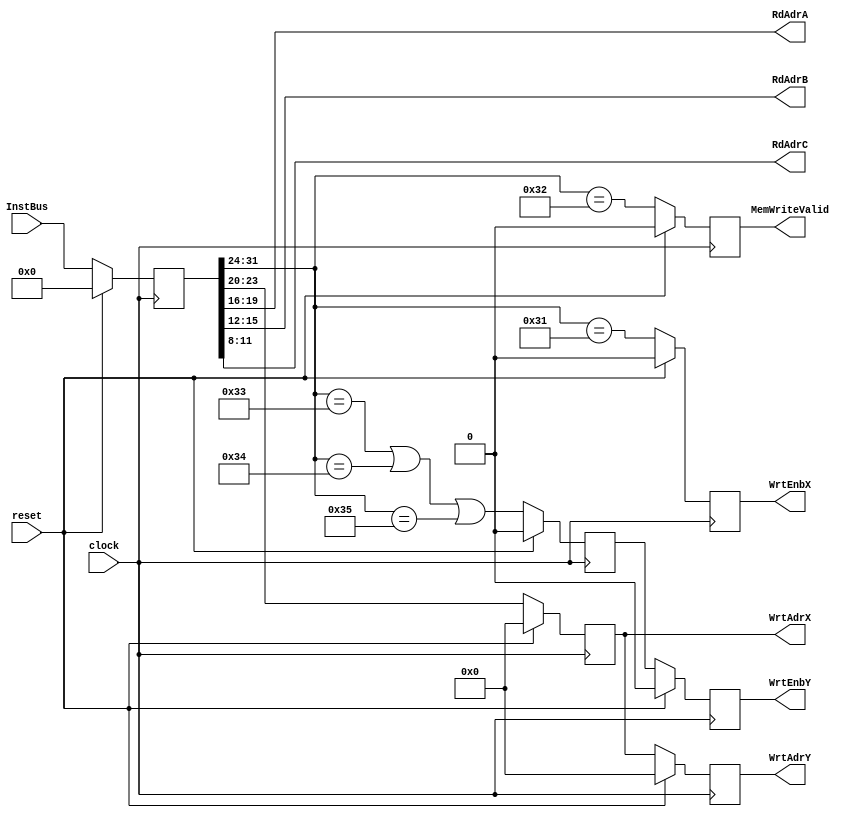
// Description: Test Part Top
// Details:
//
//    Instructions:
//
//           31:24   23:20 19:16 15:12 11:8     7:0            Description
//         --------- ----- ----- ----- ----- ----------    --------------------
//  NOOP  |   30    | RT  |     |     |     |          |    Do Nothing
//  LOAD  |   31    | RT  |     |     |     |          |    Load GPR RT with
//                                                          next word
//  STORE |   32    | RT  |     |     |     |          |    Store GPR RT onto
//                                                          write bus
//  MULT  |   33    | RT  | RA  | RB  |  0  |          |    Load GPR RT with
//                                                          GPR RA * RB
//  ADD   |   34    | RT  | RA  |  0  | RC  |          |    Load GPR RT with
//                                                          GPR RA + RC
//  MULTX |   35    | RT  | RA  | RB  | RC  |          |    Load GPR RT with
//                                                          GPR RA * RB + RC
//  
module InstructionDecoder(InstBus,RdAdrA,RdAdrB,RdAdrC,
                          WrtAdrX,WrtEnbX,WrtAdrY,WrtEnbY,
                          MemWriteValid,clock,reset);
   
   input  [31:0]     InstBus;                // Memory Read Bus
   input             clock;                  // System Clock
   input             reset; 
   
   output   [3:0]    RdAdrA, RdAdrB, RdAdrC; // Read Addresses
   output   [3:0]    WrtAdrX, WrtAdrY;       // Write Address
   output            WrtEnbX, WrtEnbY;       // Write Enables
   output 	     MemWriteValid;          // Memory Write Bus contains Data 

   reg      [31:0]   InstReg;                // Instruction Register    
   reg      [3:0]    DestReg_Dly1;           // Destination Reg Delayed 1
   reg      [3:0]    DestReg_Dly2;           // Destination Reg Delayed 2
   reg               WE_Y_Dly1;              // Write Enable Y Delayed 1
   reg               WE_Y_Dly2;              // Write Enable Y Delayed 2
   reg               WE_X_Dly1;              // Write Enable X Delayed 1
   reg               MemWriteValid;          // Memory Write Bus Contains Data


   // Decode Instruction
   //
   parameter 	     NOOP=8'h30, LOAD=8'h31, STORE=8'h32, MULT=8'h33,
                     ADD=8'h34, MULTX=8'h35;

     wire 	     writeX =   (InstReg[31:24] == LOAD);
     wire 	     writeMem = (InstReg[31:24] == STORE);
     wire 	     writeY =   (InstReg[31:24] == MULT) ||
                                (InstReg[31:24] == ADD)  ||
                                (InstReg[31:24] == MULTX);
   
   
   // Drive registers to the module outputs
   //
   assign WrtAdrY = DestReg_Dly2;
   assign WrtEnbY = WE_Y_Dly2;
   
   assign WrtAdrX = DestReg_Dly1;
   assign WrtEnbX = WE_X_Dly1;
   
   assign RdAdrA = InstReg[19:16];
   assign RdAdrB = InstReg[15:12];
   assign RdAdrC = InstReg[11:8];
 /* testing only  
  always #10 $display ($time,,, "  INSTR : Instruction=%h, RdAdrA=%h, RdAdrB=%h,RdAdrC=%h",InstReg[31:24],RdAdrA,RdAdrB,RdAdrC);
  always #10 $display ($time,,, "  INSTR : Instruction=%h, WrtAdrX=%h, WrtAdrY=%h,WrtEnbX=%b,WrtEnbY=%b",InstReg[31:24],WrtAdrX,WrtAdrY,WrtEnbX,WrtEnbY);
*/

   // CLOCKED:  Load Registers
   //
 
   // synopsys sync_set_reset "reset"
   always @ (posedge clock)
     begin
       if (reset) 
         begin
         InstReg       <= 32'h00000000;
	 DestReg_Dly1  <= 4'h0;
	 DestReg_Dly2  <= 4'h0;
	 WE_Y_Dly1     <= 1'b0;
	 WE_Y_Dly2     <= 1'b0;
	 WE_X_Dly1     <= 1'b0;
	 MemWriteValid <= 1'b0;
         end
       else
         begin
	 InstReg       <= InstBus;
	 DestReg_Dly1  <= InstReg[23:20];
	 DestReg_Dly2  <= DestReg_Dly1;
	 WE_Y_Dly1     <= writeY ;
	 WE_Y_Dly2     <= WE_Y_Dly1;
	 WE_X_Dly1     <= writeX;
	 MemWriteValid <= writeMem;
         end
    end // always @ (posedge clock)
   

   // Turn off signal for multiplier
   //
   wire 	WrtEnbX, WrtEnbY;

endmodule